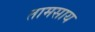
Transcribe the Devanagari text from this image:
तामसाय